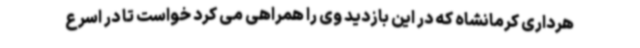
هرداری کرمانشاه که در این بازدید وی را همراهی می کرد خواست تا در اسرع